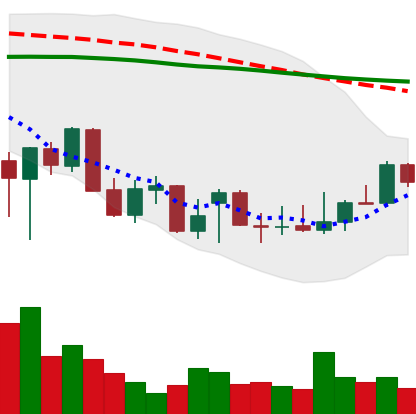
Ticker: XLM-USD
Chart end date: 2021-12-24
Forward return: -4.347%
Label: down_3_5